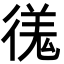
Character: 𫹝